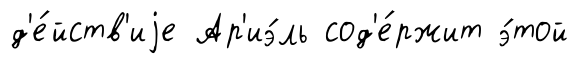
д'е́йств'иjе Ар'иэ́ль сод'е́ржит э́той